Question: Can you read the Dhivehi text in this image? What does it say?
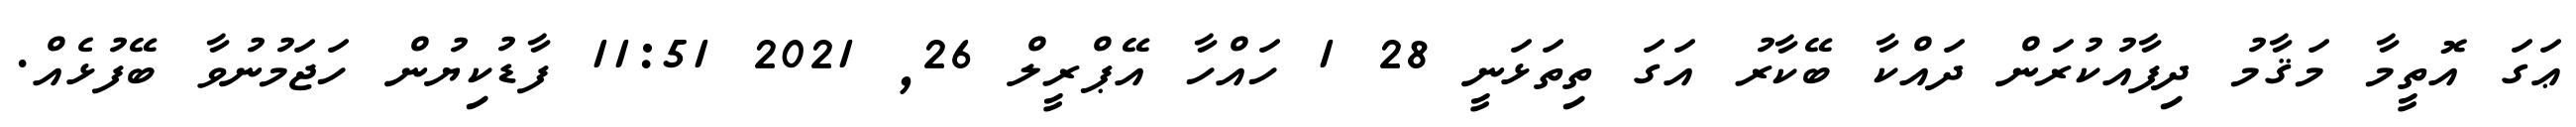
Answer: ޢަގަ އޮތީމާ މަޤާމު ދިފާއުކުރަން ދައްކާ ބޭކާރު އަގަ ތިތަޅަނީ 28 1 ހައްހާ އޭޕްރީލް 26, 2021 11:51 ފާޑުކިޔުން ހަޖަމުނުވާ ބޭފުޅެއް.